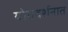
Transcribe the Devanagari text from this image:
योगदर्शनात